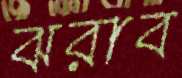
ঝরাব